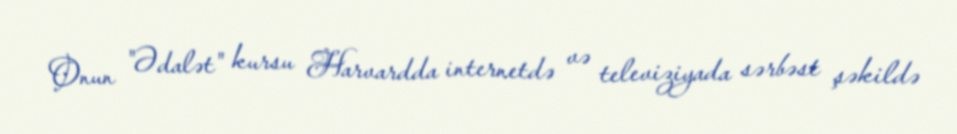
Onun "Ədalət" kursu Harvardda internetdə və televiziyada sərbəst şəkildə